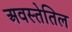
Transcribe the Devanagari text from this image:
अवस्तेतिल